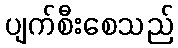
ပျက်စီးစေသည်